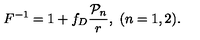
F ^ { - 1 } = 1 + f _ { D } { \frac { { \cal P } _ { n } } { r } } , \ ( n = 1 , 2 ) .